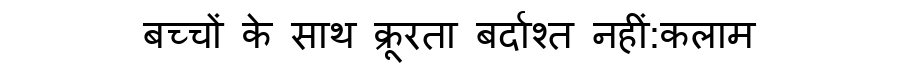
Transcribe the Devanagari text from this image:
बच्चों के साथ क्रूरता बर्दाश्त नहीं:कलाम